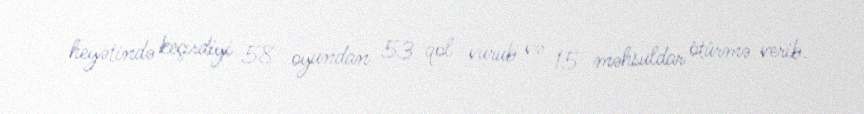
heyətində keçirdiyi 58 oyundan 53 qol vurub və 15 məhsuldar ötürmə verib.